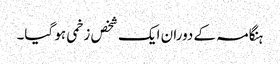
ہنگامہ کے دوران ایک شخص زخمی ہو گیا۔